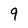
Character: 9